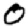
Digit: 0